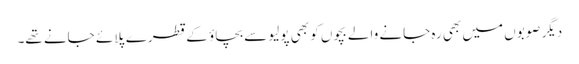
دیگر صوبوں میں بھی رہ جانے والے بچوں کو بھی پولیو سے بچاؤ کے قطرے پلائے جانے تھے۔